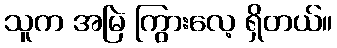
သူက အမြဲ ကြွားလေ့ ရှိတယ်။